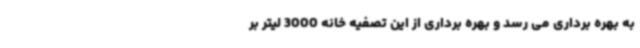
به بهره برداری می رسد و بهره برداری از این تصفیه خانه 3000 لیتر بر